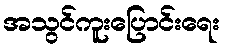
အသွင်ကူးပြောင်းရေး